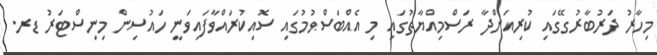
މިހާރު ދަރުބާރުގޭގައި ކުރިއަށްދާ ރަސްމިއްޔާތުގައި މި އެއްބަސްވުމުގައި ސޮއިކުރައްވާފައިވަނީ ހައުސިން މިނިސްޓަރު ޑރ.